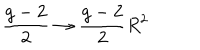
{ \frac { g - 2 } { 2 } } \to { \frac { g - 2 } { 2 } } R ^ { 2 }